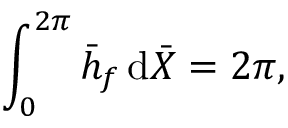
\int _ { 0 } ^ { 2 \pi } \bar { h } _ { f } \, \mathrm { d } \bar { X } = 2 \pi ,